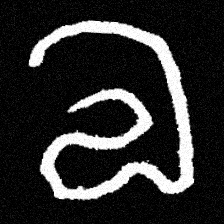
Pyu character \u2014 Myanmar letter: လ (romanized: la)